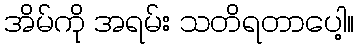
အိမ်ကို အရမ်း သတိရတာပေါ့။